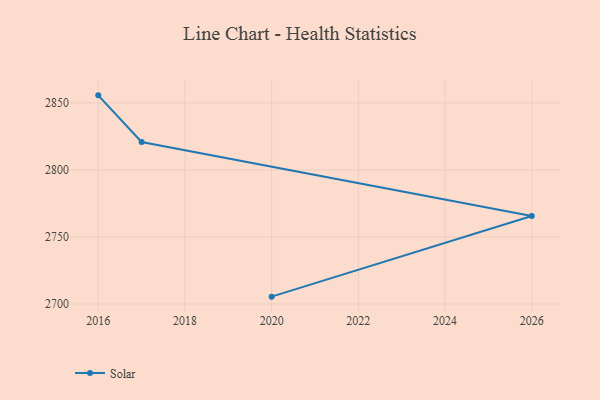
{"axis": {"x": "Year", "y": "Tickets Resolved"}, "legend": ["Solar"], "data": [{"x": "2016", "y": 2855.6, "type": "Solar"}, {"x": "2017", "y": 2820.8, "type": "Solar"}, {"x": "2026", "y": 2765.6, "type": "Solar"}, {"x": "2020", "y": 2705.5, "type": "Solar"}]}